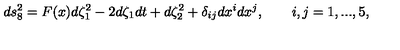
d s _ { 8 } ^ { 2 } = F ( x ) d \zeta _ { 1 } ^ { 2 } - 2 d \zeta _ { 1 } d t + d \zeta _ { 2 } ^ { 2 } + \delta _ { i j } d x ^ { i } d x ^ { j } , \qquad i , j = 1 , . . . , 5 ,